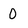
Character: 0